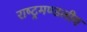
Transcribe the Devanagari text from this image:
राष्‍ट्रमण्‍डलीय